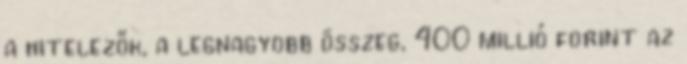
a hitelezők, a legnagyobb összeg, 400 millió forint az